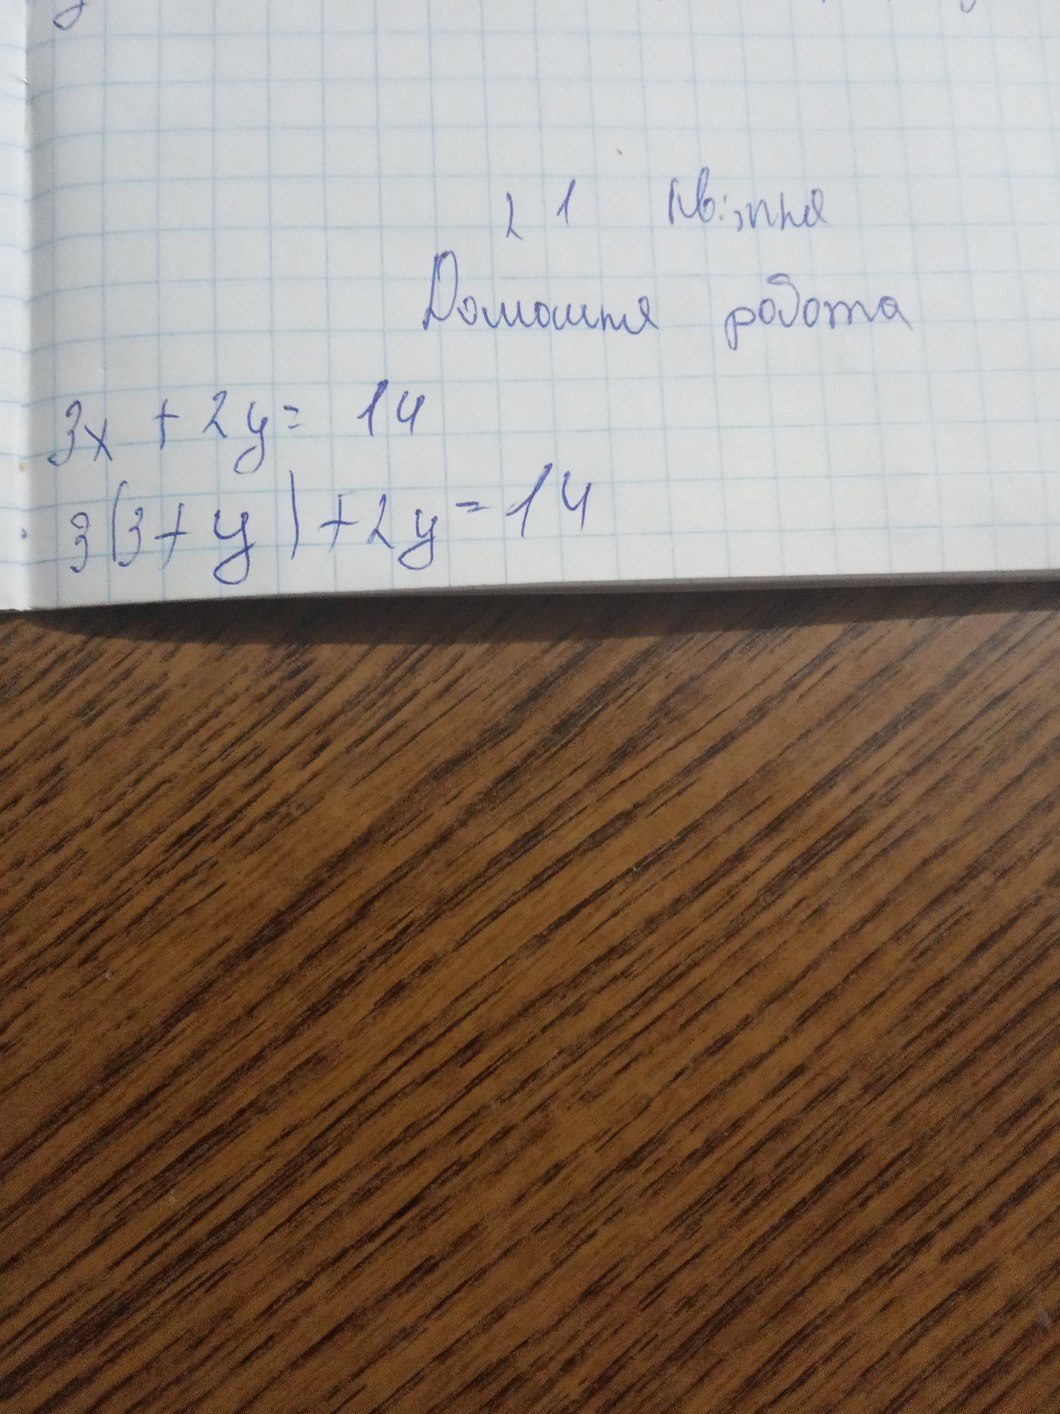
2 1 квітня
Домашня робота
3x + 2y = 14
3(3 + y) + 2y = 14